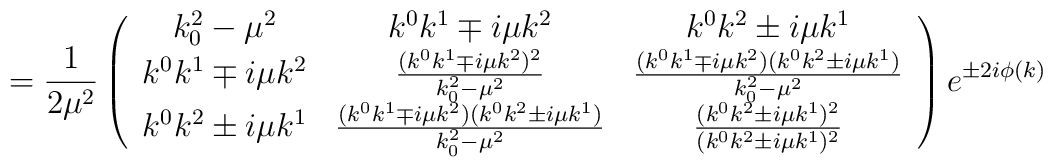
= \frac{1}{2\mu^2}\left(\begin{array}{ccc}k^2_0 - \mu^2 & k^0 k^1 \mp i\mu k^2 &  k^0 k^2 \pm i\mu k^1 \\k^0 k^1 \mp i\mu k^2 & \frac{(k^0 k^1 \mp i\mu k^2)^2}{k^2 _0 - \mu^2} &\frac{(k^0 k^1 \mp i\mu k^2)( k^0 k^2 \pm i\mu k^1)}{k^2 _0 - \mu^2}  \\k^0 k^2 \pm i\mu k^1 & \frac{(k^0 k^1 \mp i\mu k^2)( k^0 k^2 \pm i\mu k^1)}{k^2 _0 - \mu^2} & \frac{(k^0 k^2 \pm i\mu k^1)^2}{( k^0 k^2 \pm i\mu k^1)^2}\end{array}\right) e^{\pm 2i \phi(k)}